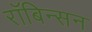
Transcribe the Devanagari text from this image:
रॉबिन्सन